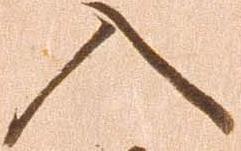
入